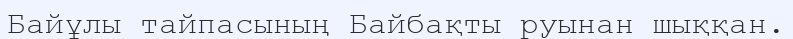
Байұлы тайпасының Байбақты руынан шыққан.